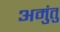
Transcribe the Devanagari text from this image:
अमुंतु